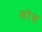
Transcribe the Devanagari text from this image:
लरेंस